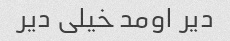
دیر اومد خیلی دیر